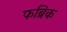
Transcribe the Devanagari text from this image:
फब्रिक